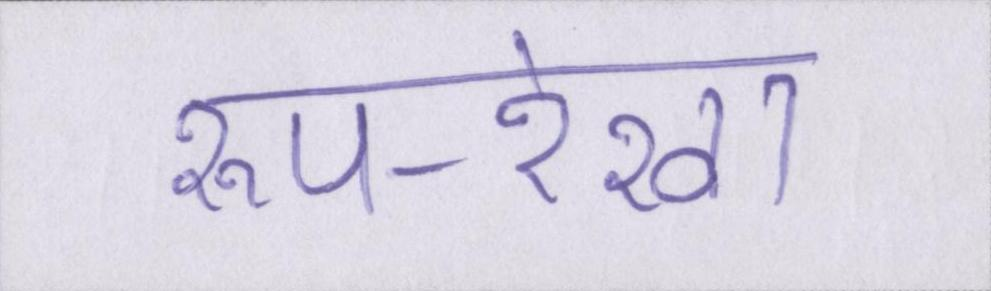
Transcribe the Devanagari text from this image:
रूप-रेखा